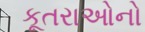
કૂતરાઓનો